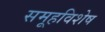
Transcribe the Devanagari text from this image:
समूहविशेष